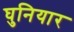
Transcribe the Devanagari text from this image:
घुनियार